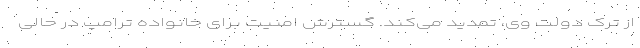
از ترک دولت وی، تمدید می‌کند. گسترش امنیت برای خانواده ترامپ در حالی